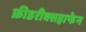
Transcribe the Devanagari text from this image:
फ्रीडरीक्सहाफेन